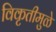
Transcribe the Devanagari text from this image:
विकृतीमुळे